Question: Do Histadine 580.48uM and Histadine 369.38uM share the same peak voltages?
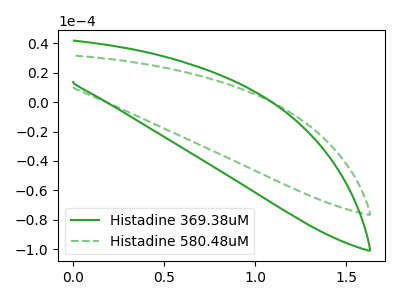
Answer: <think>The green curve "Histadine 369.38uM" has no peaks. The green dashed curve "Histadine 580.48uM" has no peaks.</think>
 <answer>Niether CV has any peaks.</answer>
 <eval>blanks</eval>